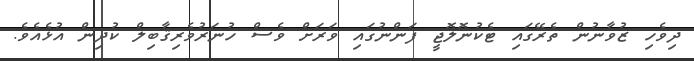
ދިވެހި ޒުވާނުން ތެރޭގައި ޓެކުނޮލޮޖީ ފަންނުގައި ވަރަށް ވެސް ހުނަރުވެރިޤާބިލް ކުދިން އުޅެއެވެ.